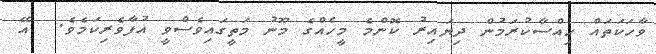
ވާހަކަތައް ހިއްސާކުރަމުން ދިޔައިރު ކޮންމެ މީހެއްގެ މޫނު މަތީގައިވެސްވީ އުފާވެރިކަމެވެ.  އޭ